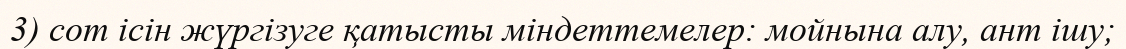
3) сот ісін жүргізуге қатысты міндеттемелер: мойнына алу, ант ішу;